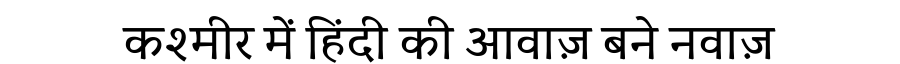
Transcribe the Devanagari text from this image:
कश्मीर में हिंदी की आवाज़ बने नवाज़